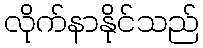
လိုက်နာနိုင်သည်